Insane asylums Bombay 1873-77 - 1873-1877
Year: 1873
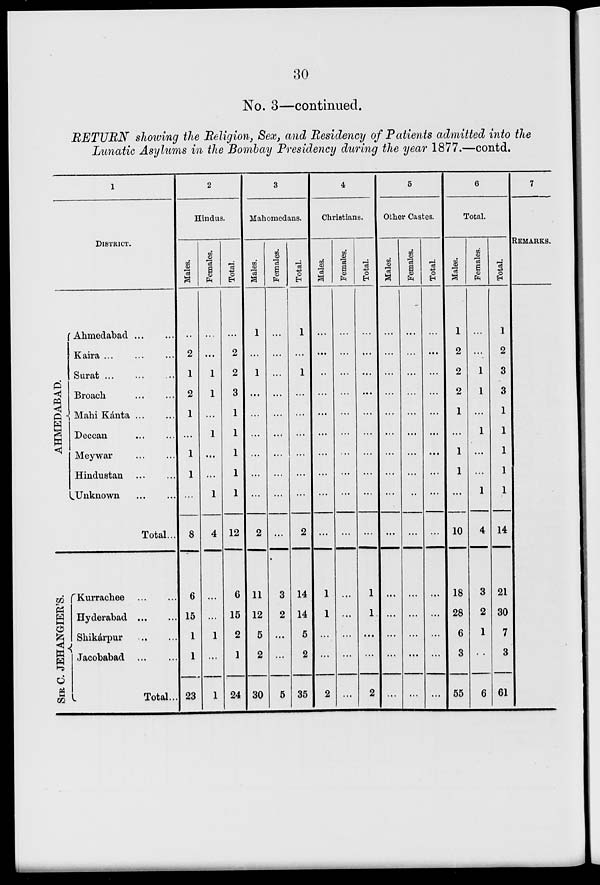
30
No. 3—continued.
RETURN showing the Religion, Sex, and Residency of Patients admitted into the
Lunatic Asylums in the Bombay Presidency during the year 1877.—contd.
1
DISTRICT.
AHMEDABAD.
Ahmedabad ... ...
Kaira
...
...
...
Surat ... ... ...
Broach
...
...
Mahi Kánta ... ...
Deccan
...
...
Meywar
...
...
Hindustan ... ...
Unknown
...
...
Total ...
SIR C. JEHANGIER'S.
Kurrachee
...
...
Hyderabad
...
...
Shikárpur
...
...
Jacobabad
...
...
Total ...
2
Hindus.
Males.
...
2
1
2
1
...
1
1
...
8
6
15
1
1
23
Females.
...
...
1
1
...
1
...
...
1
4
...
...
1
...
1
Total.
...
2
2
3
1
1
1
1
1
12
6
15
2
1
24
3
Mahomedans.
Males.
1
...
1
...
...
...
...
...
...
2
11
12
5
2
30
Females.
...
...
...
...
...
...
...
...
...
...
3
2
...
...
5
Total.
1
...
1
...
...
...
...
...
...
2
14
14
5
2
35
4
Christians.
Males.
...
...
...
...
...
...
...
...
...
...
1
1
...
...
2
Females.
...
...
...
...
...
...
...
...
...
...
...
...
...
...
...
Total.
...
...
...
...
...
...
...
...
...
...
1
1
...
...
2
5
Other Castes.
Males.
...
...
...
...
...
...
...
...
...
...
...
...
...
...
...
Females.
...
...
...
...
...
...
...
...
...
...
...
...
...
...
...
Total.
...
...
...
...
...
...
...
...
...
...
...
...
...
...
...
6
Total.
Males.
1
2
2
2
1
...
1
1
...
10
18
28
6
3
55
Females.
...
...
1
1
...
1
...
...
1
4
3
2
1
...
6
Total.
1
2
3
3
1
1
1
1
1
14
21
30
7
3
61
7
REMARKS.